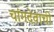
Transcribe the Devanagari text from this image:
चांगदेवाची